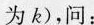
为k)，问：